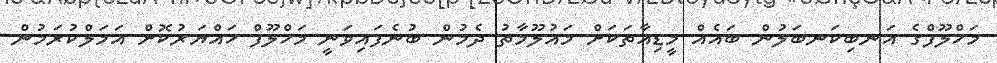
މަހްލޫފްގެ އަނބިކަނބަލުން ބައެއް މީޑިއާތަކަށް މައުލޫމާތު ދެމުން ބުނެފައިވަނީ މަހްލޫފް ހައްޔަރުކޮށް އަމަލްކުރަމުން